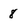
Character: 8